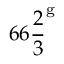
6 6 { \frac { 2 } { 3 } } ^ { \mathrm { g } }